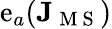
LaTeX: \mathrm{e}_{a}(\mathbf{{J}}_{\mathrm{{~M~S~}}})